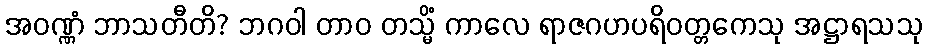
အဝဏ္ဏံ ဘာသတီတိ? ဘဂဝါ တာဝ တသ္မိံ ကာလေ ရာဇဂဟပရိဝတ္တကေသု အဋ္ဌာရသသု